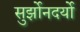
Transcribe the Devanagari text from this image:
सुर्झोनदर्यो